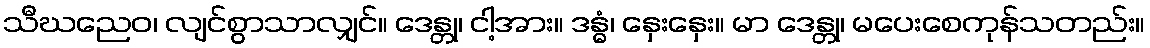
သီဃညေဝ၊ လျင်စွာသာလျှင်။ ဒေန္တု၊ ငါ့အား။ ဒန္ဓံ၊ နှေးနှေး။ မာ ဒေန္တု၊ မပေးစေကုန်သတည်း။